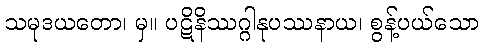
သမုဒယတော၊ မှ။ ပဋိနိဿဂ္ဂါနုပဿနာယ၊ စွန့်ပယ်သော